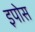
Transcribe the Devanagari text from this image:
इपोस